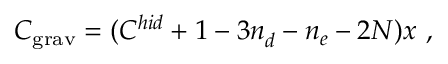
C _ { \mathrm { g r a v } } ^ { } = ( C _ { } ^ { h i d } + 1 - 3 n _ { d } ^ { } - n _ { e } ^ { } - 2 N ) x \ ,